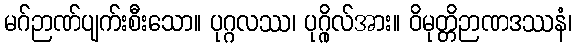
မဂ်ဉာဏ်ပျက်းစီးသော။ ပုဂ္ဂလဿ၊ ပုဂ္ဂိုလ်အား။ ဝိမုတ္တိဉာဏဒဿနံ၊